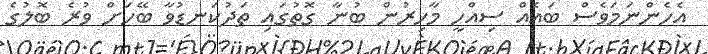
އެހެންނަމަވެސް ބައެއް ސިއްހީ މާހިރުން ބުނާ ގޮތުގައި ތަދުކަނޑުވާ ބޭހަށް ވުރެ ބޮލުގެ